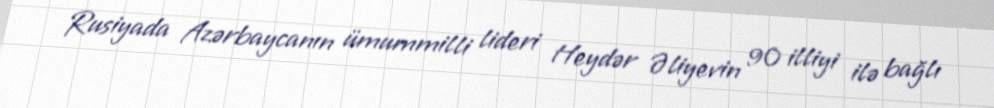
Rusiyada Azərbaycanın ümummilli lideri Heydər Əliyevin 90 illiyi ilə bağlı